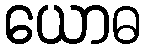
ယောဓ